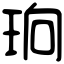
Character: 珦